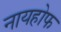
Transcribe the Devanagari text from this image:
नायहोफ